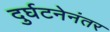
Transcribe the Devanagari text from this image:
दुर्घटनेनंतर